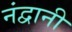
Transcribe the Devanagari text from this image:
नंद्वानी